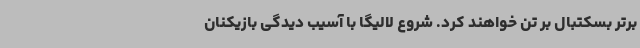
برتر بسکتبال بر تن خواهند کرد. شروع لالیگا با آسیب دیدگی بازیکنان